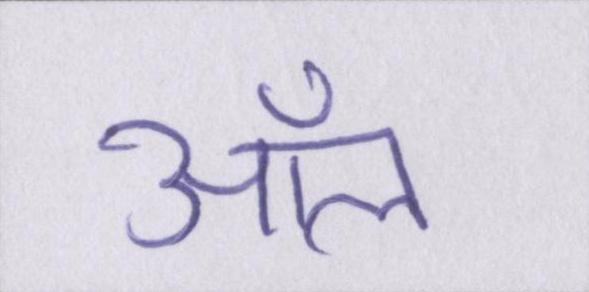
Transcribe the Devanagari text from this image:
ऑल